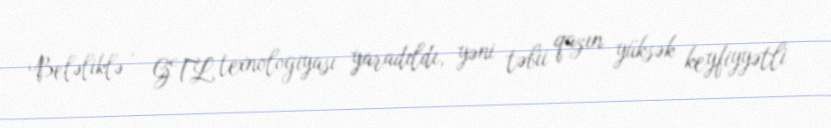
Beləliklə , GTL texnologiyası yaradıldı, yəni təbii qazın yüksək keyfiyyətli